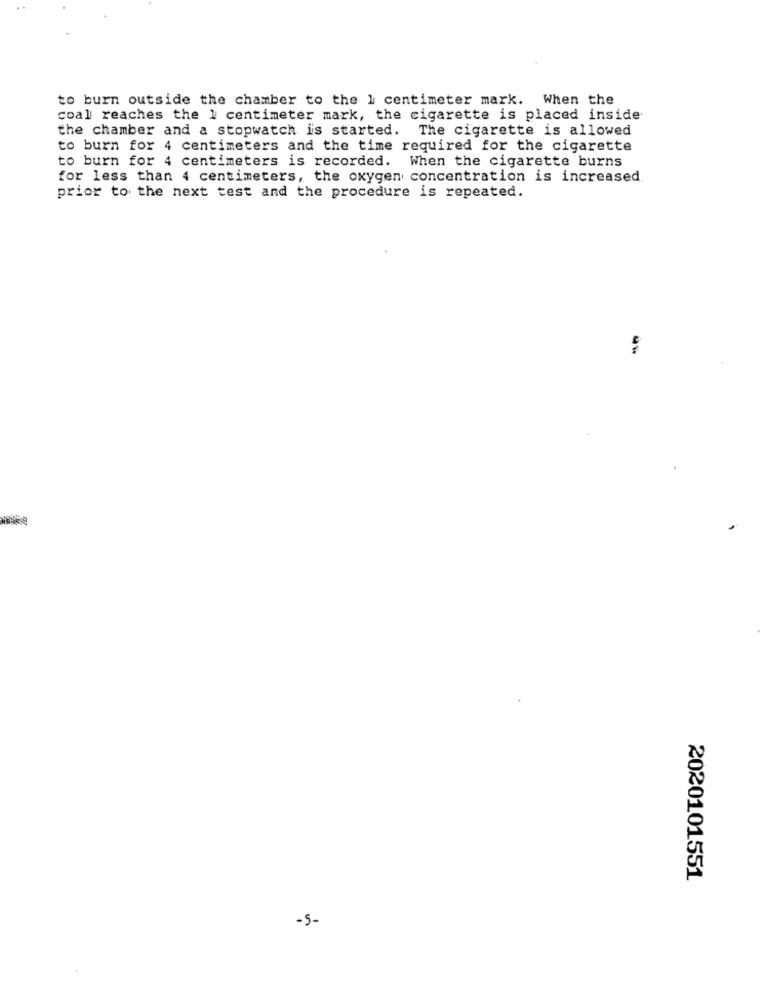
to burn outside the chamber to the 1 centimeter mark. When the
coal reaches the 1 centimeter mark, the cigarette is placed inside
the chamber and a stopwatch is started. The cigarette is allowed
to burn for 4 centimeters and the time required for the cigarette
to burn for 4 centimeters is recorded. When the cigarette burns
for less than 4 centimeters, the oxygen concentration is increased.
prior to the next test and the procedure is repeated.
-*
2020101551
-5-